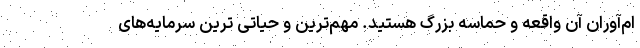
ام‌آوران آن واقعه و حماسه بزرگ هستید. مهم‌ترین و حیاتی ترین سرمایه‌های